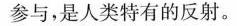
参与，是人类特有的反射。